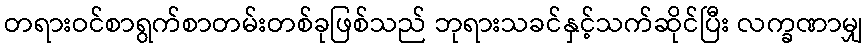
တရားဝင်စာရွက်စာတမ်းတစ်ခုဖြစ်သည် ဘုရားသခင်နှင့်သက်ဆိုင်ပြီး လက္ခဏာမျှ